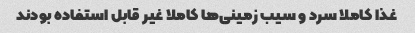
غذا کاملا سرد و سیب زمینی‌ها کاملا غیر قابل استفاده بودند